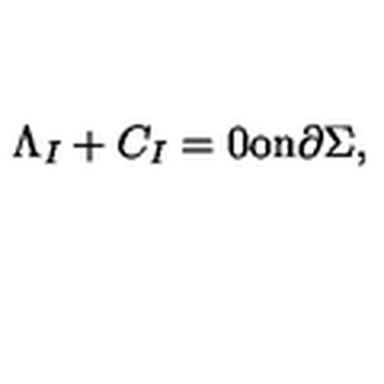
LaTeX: \Lambda _ { I } + C _ { I } = 0 \mathrm { o n } \partial \Sigma ,